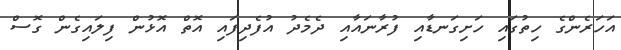
އަހަރެންގެ ހިތުގައި ހަށިގަނޑާއި ފުރާނައާއި ދެމެދު އުފެދިފައި އޮތް އޮޅުން ފިލައިގެން ގޮސް